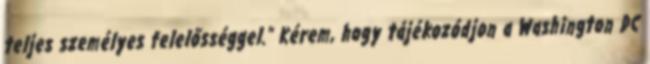
teljes személyes felelősséggel.” Kérem, hogy tájékozódjon a Washington DC